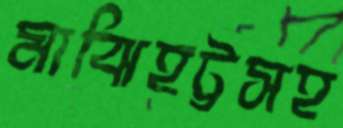
মাঝিহট্টসহ